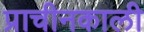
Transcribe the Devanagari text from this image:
प्राचीनकाली